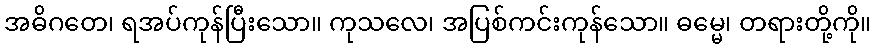
အဓိဂတေ၊ ရအပ်ကုန်ပြီးသော။ ကုသလေ၊ အပြစ်ကင်းကုန်သော။ ဓမ္မေ၊ တရားတို့ကို။